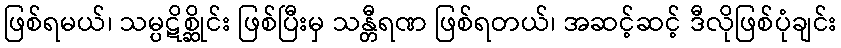
ဖြစ်ရမယ်၊ သမ္ပဋိစ္ဆိုင်း ဖြစ်ပြီးမှ သန္တီရဏ ဖြစ်ရတယ်၊ အဆင့်ဆင့် ဒီလိုဖြစ်ပုံချင်း